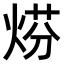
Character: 𤊈